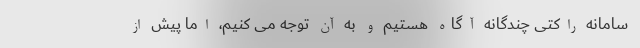
سامانه راکتی چندگانه آگاه هستیم و به آن توجه می کنیم، اما پیش از